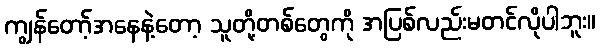
ကျွန်တော့်အနေနဲ့တော့ သူတို့တစ်တွေကို အပြစ်လည်းမတင်လိုပါဘူး။